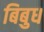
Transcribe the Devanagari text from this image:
बिबुध